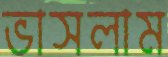
ভাসলাম